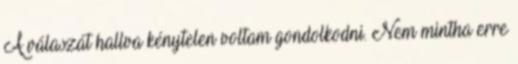
A válaszát hallva kénytelen voltam gondolkodni. Nem mintha erre